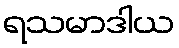
ရသမာဒါယ